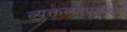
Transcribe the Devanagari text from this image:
व्यक्तव्याप्रमाणे